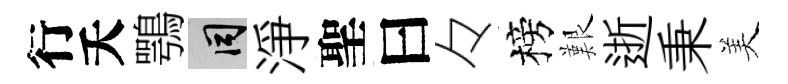
行夭鶚间淨聖曰々榜艱逝秉美